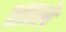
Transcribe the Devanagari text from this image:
शतले